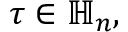
\tau \in \mathbb { H } _ { n } ,